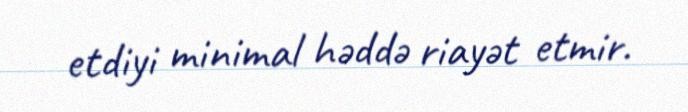
etdiyi minimal həddə riayət etmir.